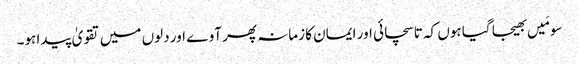
سو مَیں بھیجا گیا ہوں کہ تا سچائی اور ایمان کا زمانہ پھر آوے اور دلوں میں تقویٰ پیدا ہو۔